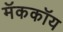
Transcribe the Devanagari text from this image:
मॅककॉय